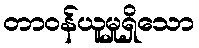
တာဝန်ယူမှုရှိသော